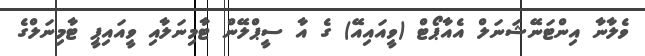
ވެލާނާ އިންޓަނޭޝަނަލް އެއާޕޯޓް (ވީއައިއޭ) ގެ އާ ސީޕްލޭން ޓާމިނަލާއި ވީއައިޕީ ޓާމިނަލްގެ